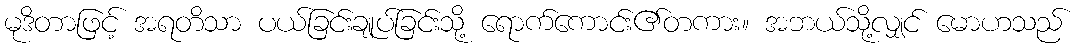
မုဒိတာဖြင့် အရတိသာ ပယ်ခြင်းချုပ်ခြင်းသို့ ရောက်ကောင်း၏တကား။ အဘယ်သို့လျှင် မောဟသည်